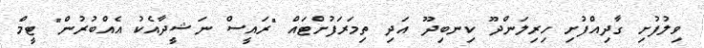
ވިލުފުށި ގާދިއްފުށި ހިރިލަންދޫ ކިނބިދޫ އަދި ތިމަރަފުށްޓައް "ރައީސް ނަޝީދާއެކު އެއްބުރުން" ޓީމް